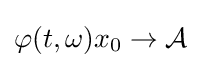
\varphi (t,\omega )x_{0}\to {\mathcal {A}}